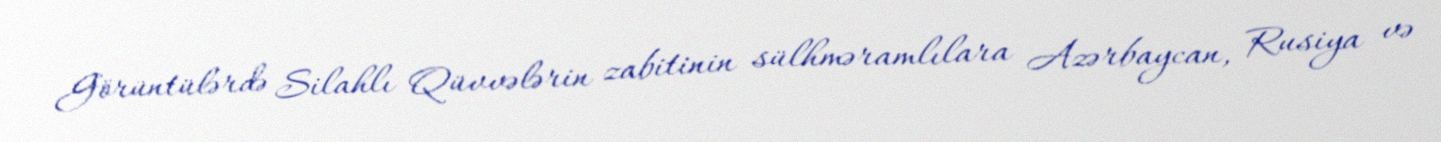
Görüntülərdə Silahlı Qüvvələrin zabitinin sülhməramlılara Azərbaycan, Rusiya və